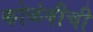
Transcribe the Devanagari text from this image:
कोळंबीची